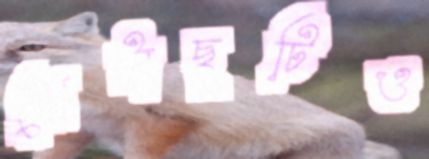
ছোটাছুটিও